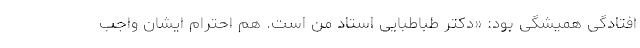
افتادگی همیشگی بود: «دکتر طباطبایی استاد من است. هم احترام ایشان واجب